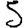
Digit: 5